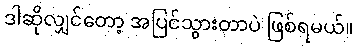
ဒါဆိုလျှင်တော့ အပြင်သွားတာပဲ ဖြစ်ရမယ်။